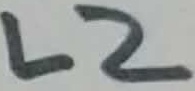
Text: L2